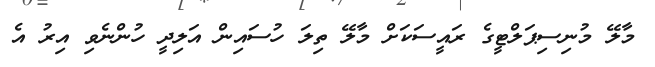
މާލޭ މުނިސިޕަލްޓީގެ ރައީސަކަށް މާލޭ ތިލަ ހުސައިން އަލިދީ ހުންނެވި އިރު އެ